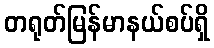
တရုတ်မြန်မာနယ်စပ်ရှိ